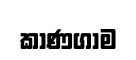
කාණගාම